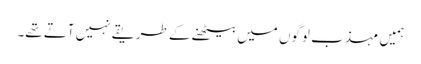
ہمیں مہذب لوگوں میں بیٹھنے کے طریقے نہیں آتے تھے۔